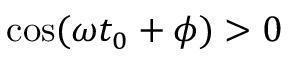
\cos ( \omega t _ { 0 } + \phi ) > 0